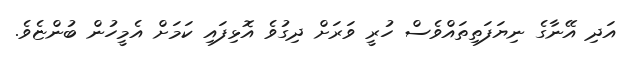
އަދި އޭނާގެ ނިޔަފަތިތައްވެސް ހުރީ ވަރަށް ދިގުވެ އޮޅިފައި ކަމަށް އެމީހުން ބުންޏެވެ.